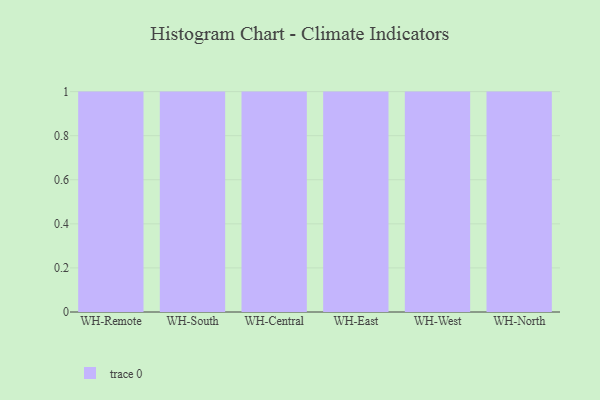
{"axis": {"x": "Warehouse", "y": "Customer Acquisition Cost (USD)"}, "legend": [""], "data": [{"x": "WH-Remote", "y": 64, "type": ""}, {"x": "WH-South", "y": 6, "type": ""}, {"x": "WH-Central", "y": 98, "type": ""}, {"x": "WH-East", "y": 38, "type": ""}, {"x": "WH-West", "y": 29, "type": ""}, {"x": "WH-North", "y": 21, "type": ""}]}